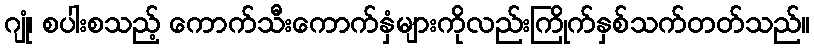
ဂျုံ၊ စပါးစသည့် ကောက်သီးကောက်နှံများကိုလည်းကြိုက်နှစ်သက်တတ်သည်။